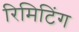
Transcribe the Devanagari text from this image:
रिमिटिंग